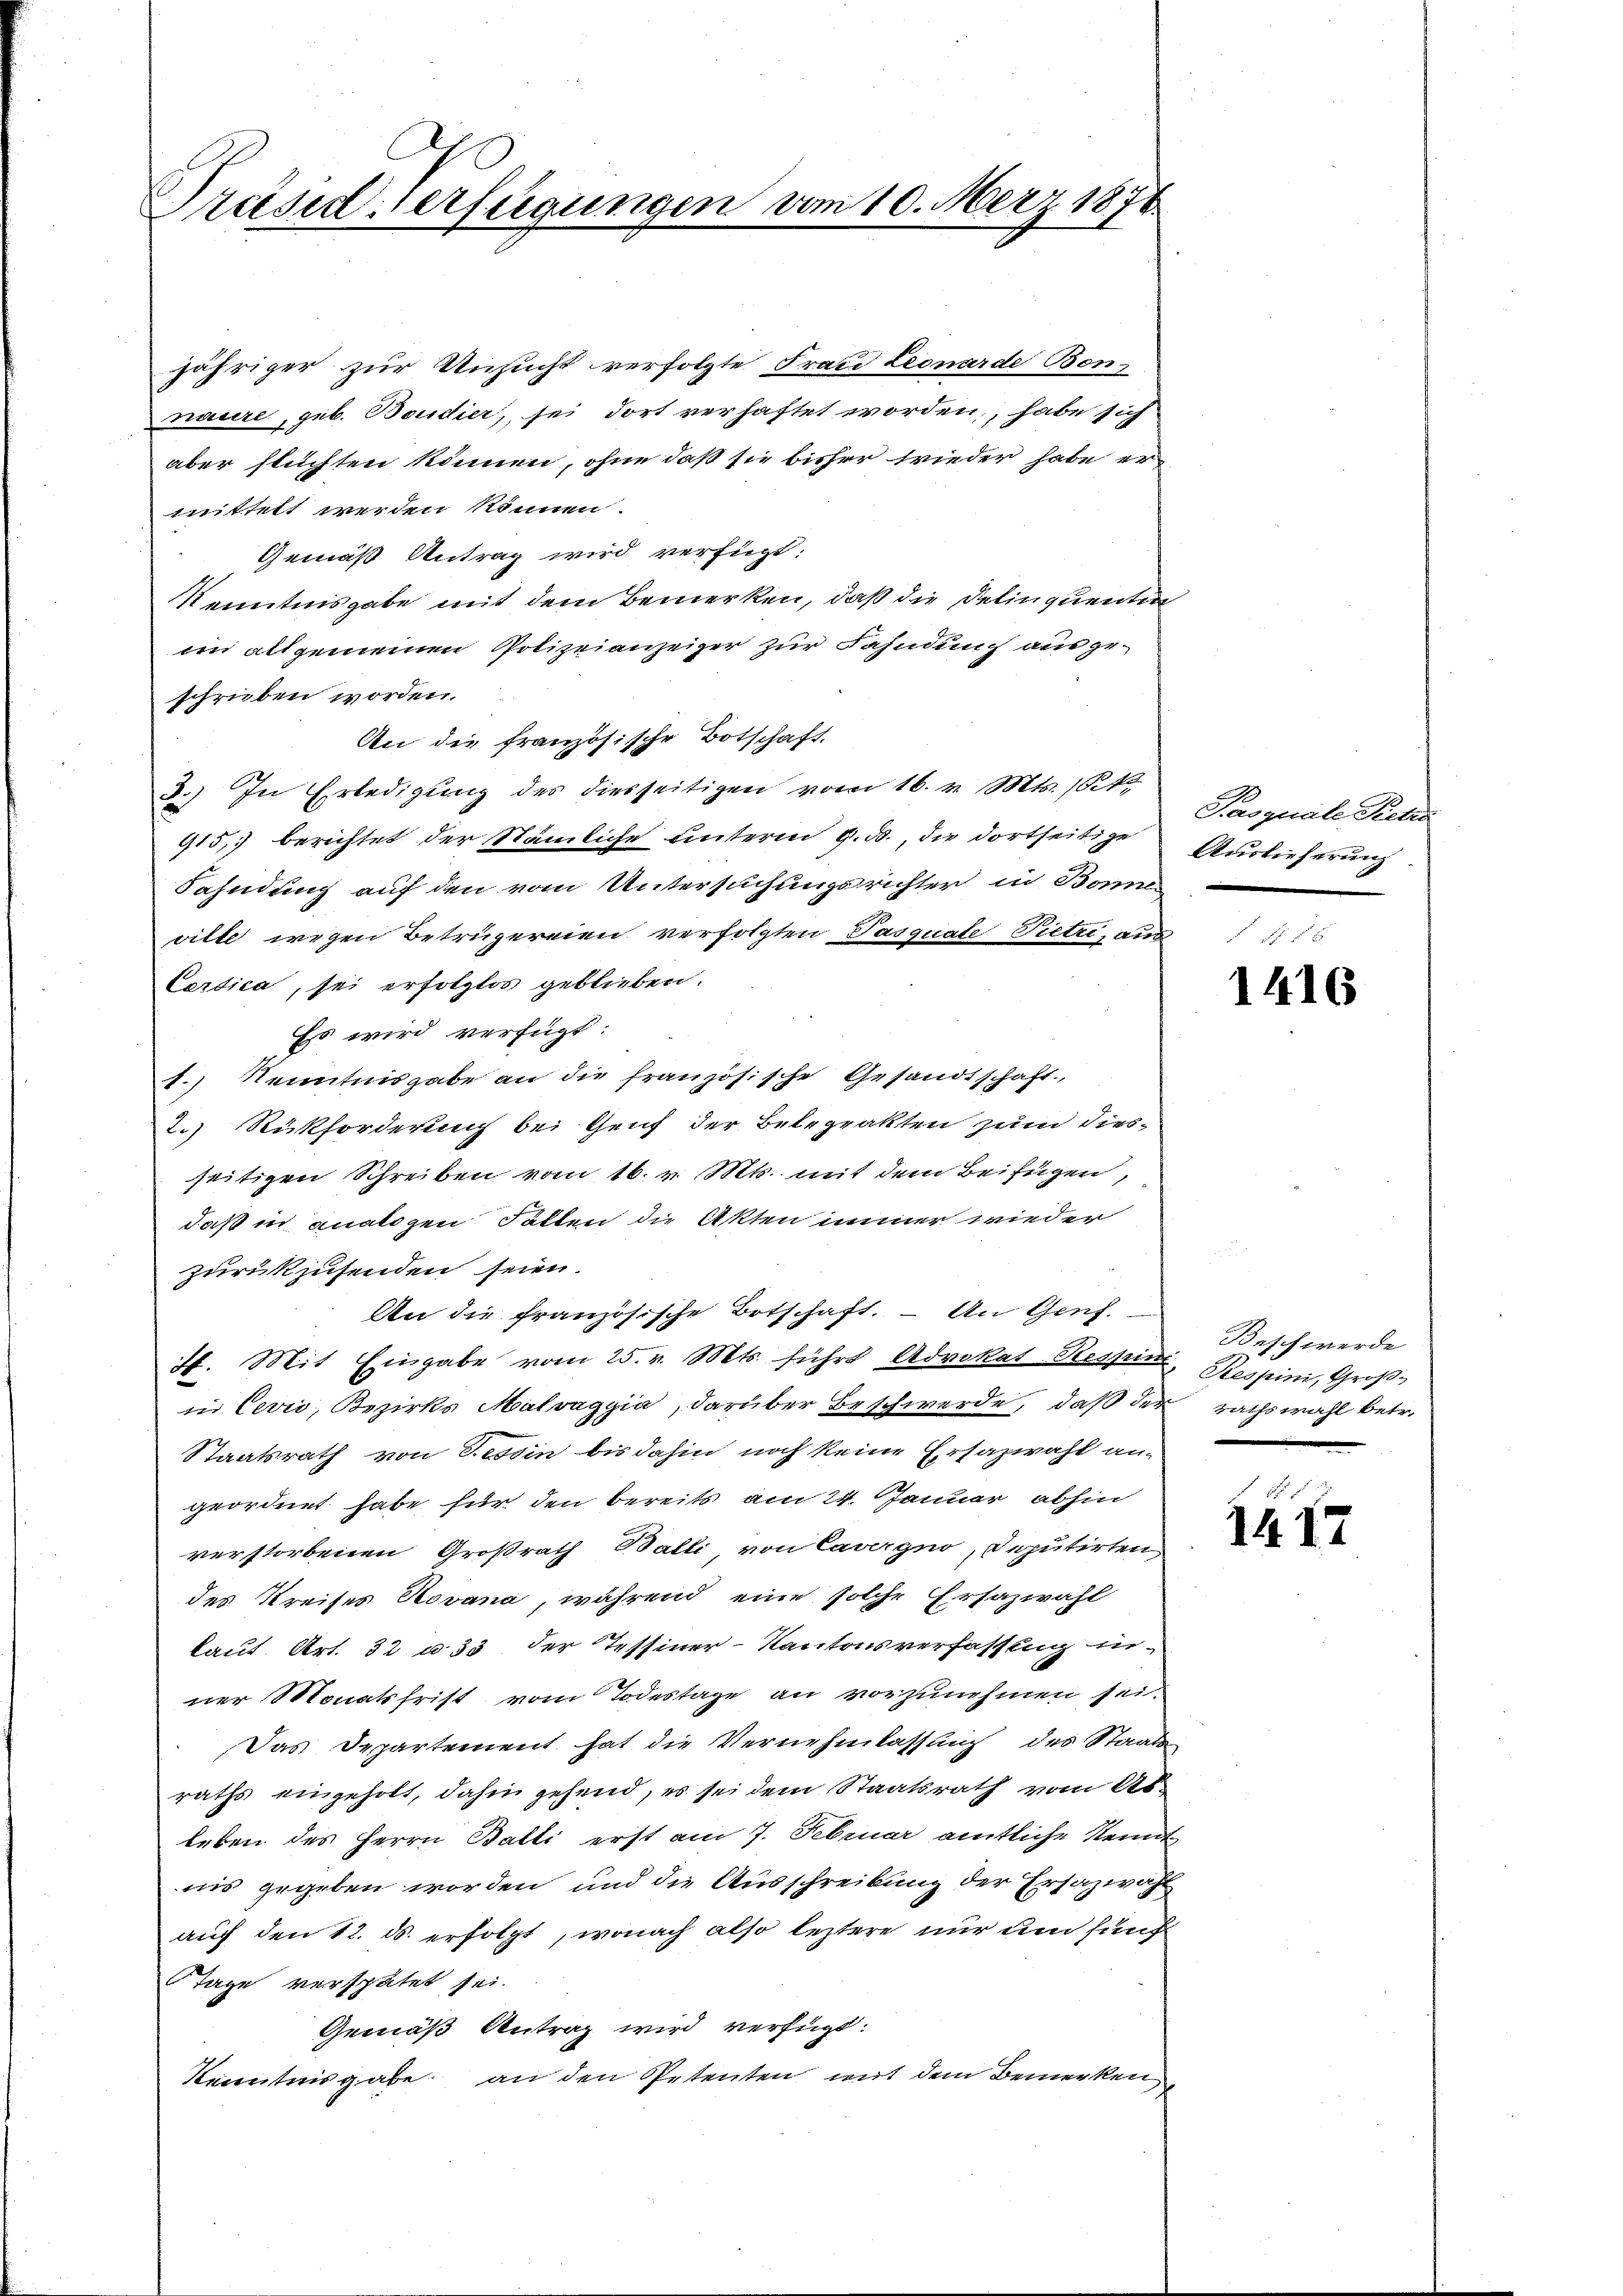
Dräsiderfügungen vom 10. März 1870

jähriger zur Unzucht verfolgte Frau Leonarde Bonnaure, geb. Boudier, sei dort verhaftet worden, habe sich
aber flüchten können, ohne daß sie bisher frieder habe er-
mittelt werden können.
Gemäß Antrag wird verfügt:
Kenntnisgabe mit dem Bemerken, daß die Delinquenten
im allgemeinen Polizeianzeiger zur Fahndung ausgeschrieben worden.
An die französische Botschaft.
3.) In Erledigung des diesseitigen vom 16. v. Mts. k.
915, berichtet der Nämliche unterm 9. ds., die dortseitige Auslieferung
Fahndung auf den vom Untersuchungsrichter in Bonne-
ville wegen Betrügereien verfolgten Pasquale Pietri, aus
Certica, sei erfolglos geblieben.
Es wird verfügt:
1.) Kenntnisgabe an die französische Gesandtschaft,
2.) Rückforderung bei Genf der Belegrakten zum dies-
seitigen Schreiben vom 16. v. Mts. mit dem Beifügen,
daß in analogen Fallen die Akten immer wieder
zurükzusenden seien.
An die französische Botschaft. – An Genf.
I. Mit Eingabe vom 25. v. Mts. führt Advokat Ressin, Respini, Großin Cevii, Bezirks Malvaggia, darüber Beschwerde, daß der rathswahl betr.
Staatsrath von Tessin bis dahin noch keine Ersazwahl angeordnet habe für den bereits am 24. Januar abhin
verstorbenen Großrath Balli von Cavergno, Deputirten
des Kreises Novana, während eine solche Ersazwahl
kaut Art. 32 u. 33 der Tessiner-Kantonsverfassung inner Monatsfrist vom Todestage an vorzunehmen sei
Das Departement hat die Vernehmlassung des Staats
raths eingeholt, dahin gehend, es sei dem Staatsrath vom Ableben des Herrn Balti erst am 7. Februar amtliche Kennt
nis gegeben worden und die Ausschreibung der Ersazwähl
auf den 12. ds. erfolgt, wonach also leztere nur um funf
Tage verspätet sei.
Gemäß Antrag wird verfügt:
Kenntnisgabe an den Petenten mit dem Bemerken

Parquale Seelen

1416

Beschwerde

1417